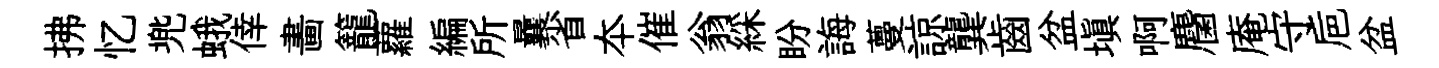
拂忆兠蛾倖畵籠蘿編所曩省夲催翁綵盼誨蔓諒龔齒盆塡啊麕庵守巵盆